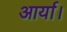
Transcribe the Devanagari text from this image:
आर्या।